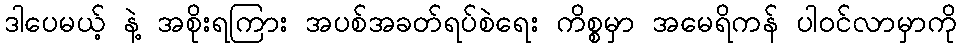
ဒါပေမယ့် နဲ့ အစိုးရကြား အပစ်အခတ်ရပ်စဲရေး ကိစ္စမှာ အမေရိကန် ပါဝင်လာမှာကို